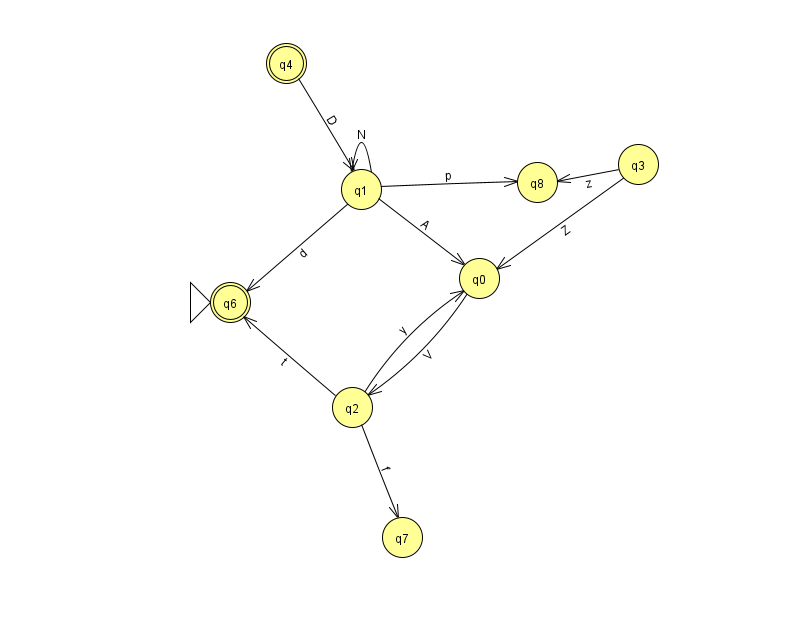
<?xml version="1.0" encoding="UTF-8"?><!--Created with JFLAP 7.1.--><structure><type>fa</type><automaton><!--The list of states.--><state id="0" name="q0"><x>479.0</x><y>265.0</y></state><state id="1" name="q1"><x>361.0</x><y>176.0</y></state><state id="2" name="q2"><x>352.0</x><y>394.0</y></state><state id="3" name="q3"><x>638.0</x><y>151.0</y></state><state id="4" name="q4"><x>286.0</x><y>50.0</y><final/></state><state id="6" name="q6"><x>230.0</x><y>289.0</y><initial/><final/></state><state id="7" name="q7"><x>402.0</x><y>524.0</y></state><state id="8" name="q8"><x>537.0</x><y>169.0</y></state><!--The list of transitions.--><transition><from>1</from><to>0</to><read>A</read></transition><transition><from>2</from><to>7</to><read>f</read></transition><transition><from>3</from><to>8</to><read>z</read></transition><transition><from>4</from><to>1</to><read>D</read></transition><transition><from>1</from><to>6</to><read>d</read></transition><transition><from>0</from><to>2</to><read>V</read></transition><transition><from>2</from><to>6</to><read>t</read></transition><transition><from>2</from><to>0</to><read>y</read></transition><transition><from>3</from><to>0</to><read>Z</read></transition><transition><from>1</from><to>8</to><read>p</read></transition><transition><from>1</from><to>1</to><read>N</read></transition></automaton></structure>